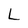
Character: L